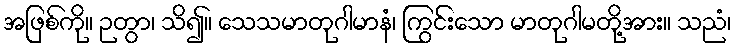
အဖြစ်ကို။ ဉတွာ၊ သိ၍။ သေသမာတုဂါမာနံ၊ ကြွင်းသော မာတုဂါမတို့အား။ သညံ၊